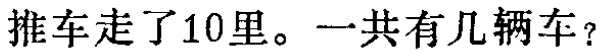
推车走了10里。一共有几辆车？